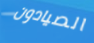
الصيادون